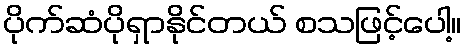
ပိုက်ဆံပိုရှာနိုင်တယ် စသဖြင့်ပေါ့။